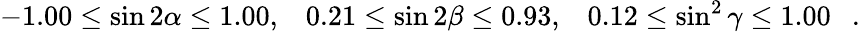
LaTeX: -1.00\leq\sin 2\alpha\leq 1.00,\; \; \; 0.21\leq\sin 2\beta\leq 0.93,\; \; \; 0.12\leq\sin^{2}\gamma\leq 1.00~~~.